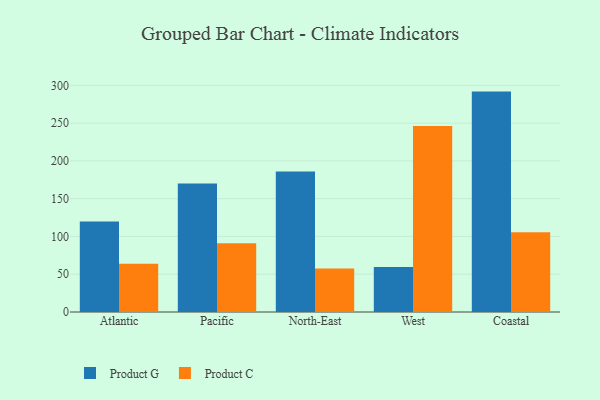
{"axis": {"x": "Region", "y": "Temperature (°C)"}, "legend": ["Product C", "Product G"], "data": [{"x": "Atlantic", "y": 119.8, "type": "Product G"}, {"x": "Atlantic", "y": 64.0, "type": "Product C"}, {"x": "Pacific", "y": 170.0, "type": "Product G"}, {"x": "Pacific", "y": 91.0, "type": "Product C"}, {"x": "North-East", "y": 185.9, "type": "Product G"}, {"x": "North-East", "y": 57.7, "type": "Product C"}, {"x": "West", "y": 59.5, "type": "Product G"}, {"x": "West", "y": 246.2, "type": "Product C"}, {"x": "Coastal", "y": 291.7, "type": "Product G"}, {"x": "Coastal", "y": 105.7, "type": "Product C"}]}